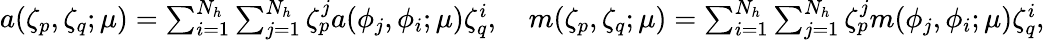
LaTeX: \begin{array}{r}{a(\zeta_{p},\zeta_{q};\mu)=\sum_{i=1}^{N_{h}}\sum_{j=1}^{N_{h}}\zeta_{p}^{j}a(\phi_{j},\phi_{i};\mu)\zeta_{q}^{i},\quad m(\zeta_{p},\zeta_{q};\mu)=\sum_{i=1}^{N_{h}}\sum_{j=1}^{N_{h}}\zeta_{p}^{j}m(\phi_{j},\phi_{i};\mu)\zeta_{q}^{i},}\end{array}